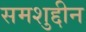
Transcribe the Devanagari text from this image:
समशुद्दीन